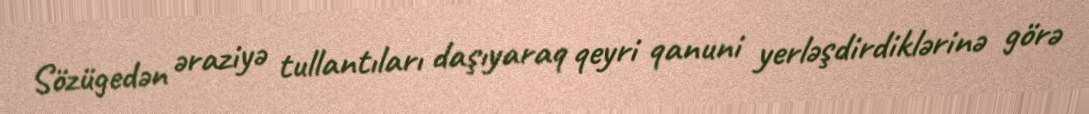
Sözügedən əraziyə tullantıları daşıyaraq qeyri qanuni yerləşdirdiklərinə görə